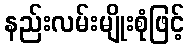
နည်းလမ်းမျိုးစုံဖြင့်